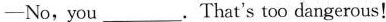
-No,you ___.That's too dangerous!